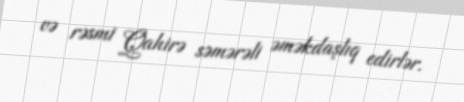
və rəsmi Qahirə səmərəli əməkdaşlıq edirlər.